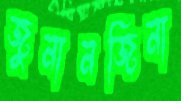
জুনানজিনা